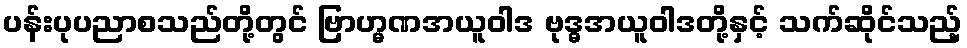
ပန်းပုပညာစသည်တို့တွင် ဗြာဟ္မဏအယူဝါဒ ဗုဒ္ဓအယူဝါဒတို့နှင့် သက်ဆိုင်သည့်